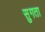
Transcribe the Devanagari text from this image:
सुगता